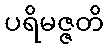
ပရိမဇ္ဇတိ